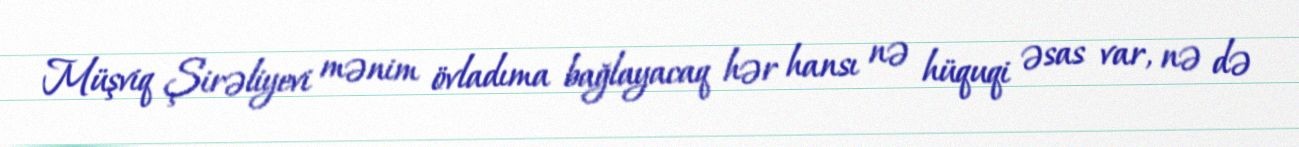
Müşviq Şirəliyevi mənim övladıma bağlayacaq hər hansı nə hüquqi əsas var, nə də